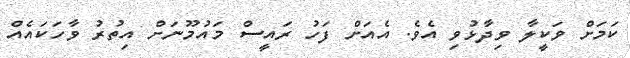
ކަމަށް ވަކީލާ ވިދާޅުވި އެވެ. އެއަށް ފަހު ރައީސް މައުމޫނަށް އިތުރު ވާހަކައެއް